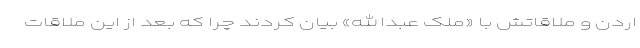
اردن و ملاقاتش با «ملک عبدالله» بیان کردند چرا که بعد از این ملاقات